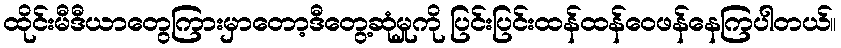
ထိုင်းမီဒီယာတွေကြားမှာတော့ဒီတွေ့ဆုံမှုကို ပြင်းပြင်းထန်ထန်ဝေဖန်နေကြပါတယ်။